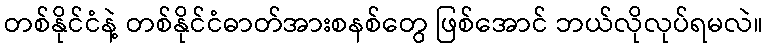
တစ်နိုင်ငံနဲ့ တစ်နိုင်ငံဓာတ်အားစနစ်တွေ ဖြစ်အောင် ဘယ်လိုလုပ်ရမလဲ။